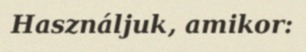
Használjuk, amikor: